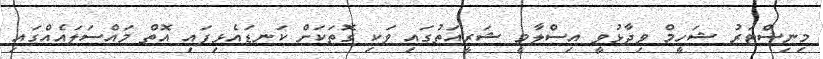
މިނިސްޓަރު ޝަހީމް ވިދާޅުވީ އިސްލާމީ ޝަރީއަތުގައި ވަކި ގޮތަކަށް ކަނޑައެޅިފައި އޮތް މައްސަލައެއްގައި